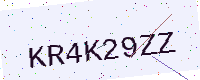
Text: KR4K29ZZ